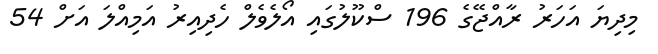
މިދިޔަ އަހަރު ރާއްޖޭގެ 196 ސްކޫލުގައި އޯލެވެލް ހެދިއިރު އަމިއްލަ އަށް 54